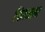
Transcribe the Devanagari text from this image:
फिन्जन